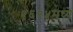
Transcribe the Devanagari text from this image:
१६९५मध्ये